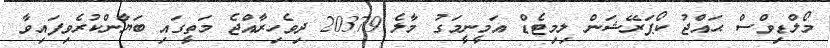
މޯލްޑިވްސް ޙައްޖު ކޯޕަރޭޝަން ލިމިޓެޑް އަމީނީމަގު މާލެ 20379 ދިވެހިރާއްޖެ މަތީގައި ބަޔާންކުރެވިފައިވާ